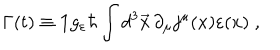
\Gamma ( t ) \equiv { \bf 1 } g _ { \varepsilon } \hbar \int d ^ { 3 } \vec { x } \, \partial _ { \mu } j ^ { \mu } ( x ) \varepsilon ( x ) \; ,